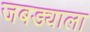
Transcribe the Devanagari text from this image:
जबड्याला